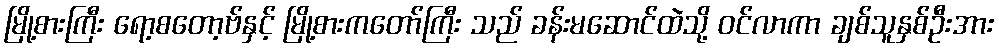
မြို့စားကြီး ရော့စတော့ဗ်နှင့် မြို့စားကတော်ကြီး သည် ခန်းမဆောင်ထဲသို့ ဝင်လာကာ ချစ်သူနှစ်ဦးအား